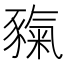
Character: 𧱲